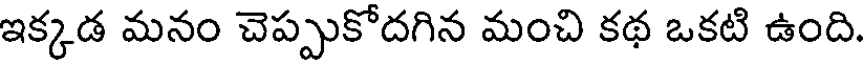
ఇక్కడ మనం చెప్పుకోదగిన మంచి కథ ఒకటి ఉంది.